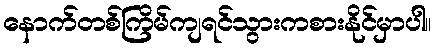
နောက်တစ်ကြိမ်ကျရင်သွားကစားနိုင်မှာပါ။